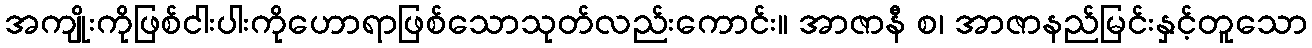
အကျိုးကိုဖြစ်ငါးပါးကိုဟောရာဖြစ်သောသုတ်လည်းကောင်း။ အာဇာနီ စ၊ အာဇာနည်မြင်းနှင့်တူသော